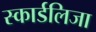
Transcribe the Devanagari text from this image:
स्कार्डलिजा